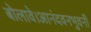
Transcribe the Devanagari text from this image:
बोलावे।आनंदवनभुवनी